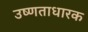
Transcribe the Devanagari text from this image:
उष्णताधारक